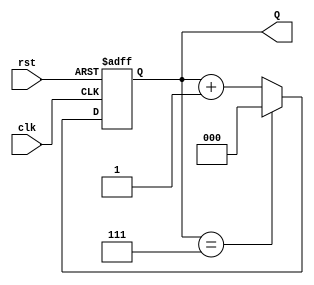
module binary_up_counter #(
    parameter N = 3  // Number of bits for the counter
)(
    input wire clk,       // Clock input
    input wire rst,       // Asynchronous reset
    output reg [N-1:0] Q  // Counter output
);

    // Initial block (optional, for simulation purpose)
    initial begin
        Q = 0;  // Initialize the counter to 0
    end

    // Always block triggered on rising edge of clock or reset signal
    always @(posedge clk or posedge rst) begin
        if (rst) begin
            Q <= 0;  // Asynchronous reset: set counter to 0
        end else begin
            Q <= (Q == (2**N - 1)) ? 0 : Q + 1;  // Increment counter with wrapping
        end
    end

endmodule